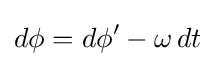
d\phi =d\phi '-\omega \,dt